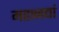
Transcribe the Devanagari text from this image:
महानद्यां